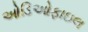
ઓડિઓફાઇલ